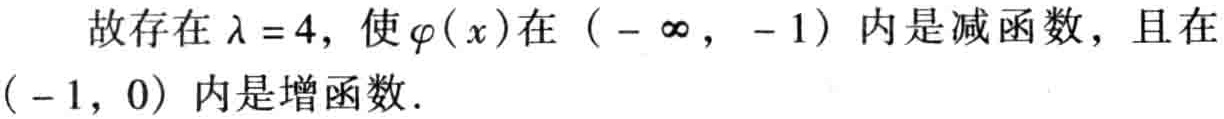
故存在\(\lambda = 4\)，使\(\varphi(x)\)在\((-\infty, -1)\)内是减函数，且在\((-1, 0)\)内是增函数.